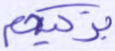
يزكيهم